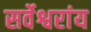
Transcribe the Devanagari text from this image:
सर्वेश्वरांय